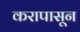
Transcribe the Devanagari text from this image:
करापासून